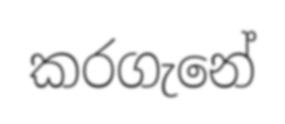
කරගැනේ